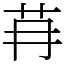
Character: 䒣